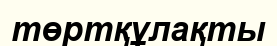
төртқұлақты